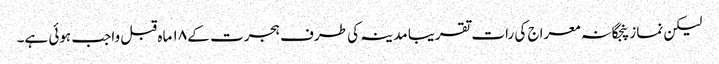
لیکن نماز پنجگانہ معراج کی رات تقریبا مدینہ کی طرف ہجرت کے ۱۸ ماہ قبل واجب ہوئی ہے۔